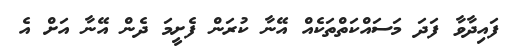
ފައިދާވާ ފަދަ މަސައްކަތްތަކެއް އޭނާ ކުރަން ފެށީމަ ދެން އޭނާ އަށް އެ